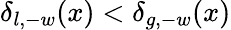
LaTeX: \delta_{l,-w}(x)<\delta_{g,-w}(x)